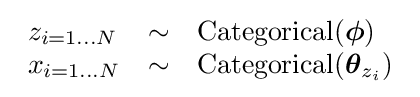
{\begin{array}{lcl}z_{i=1\dots N}&\sim &\operatorname {Categorical} ({\boldsymbol {\phi }})\\x_{i=1\dots N}&\sim &{\text{Categorical}}({\boldsymbol {\theta }}_{z_{i}})\end{array}}